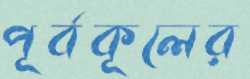
পূর্বকূলের